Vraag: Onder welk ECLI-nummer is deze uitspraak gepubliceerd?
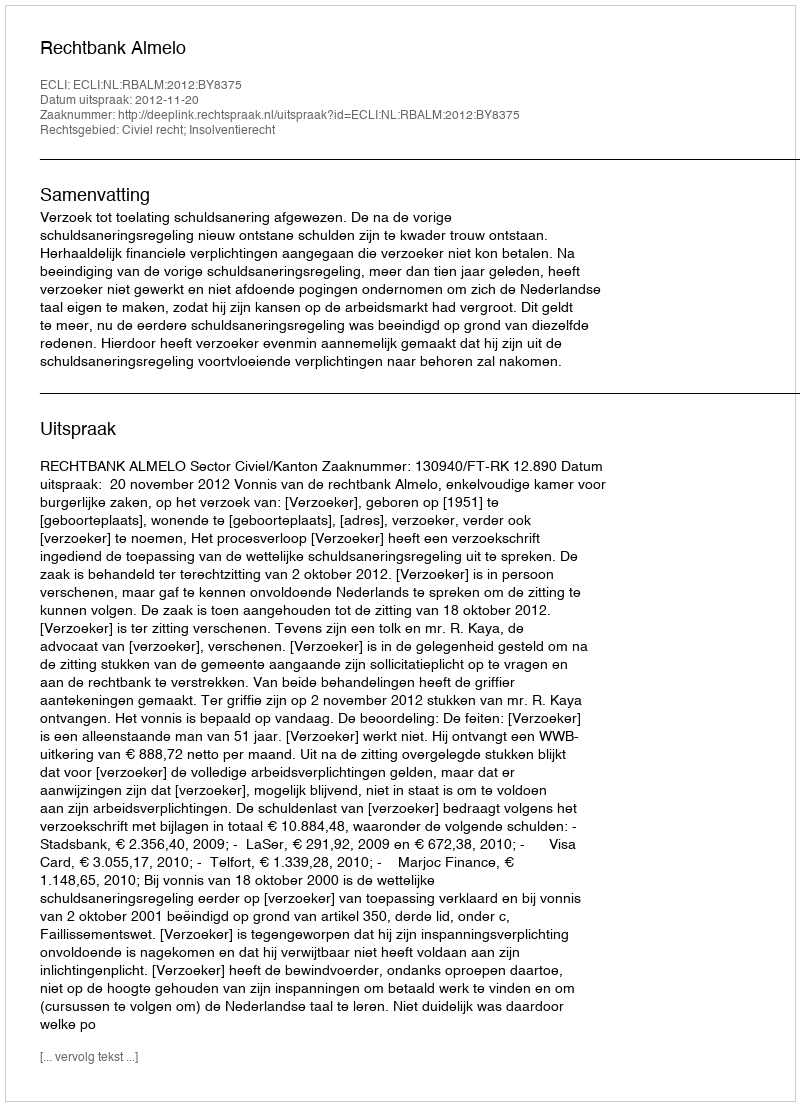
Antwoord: ECLI:NL:RBALM:2012:BY8375